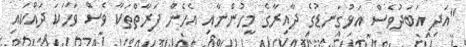
"އަދި އަބަދުވެސް އަޅުގަނޑުގެ ދާއިރާގެ މީހުންނާއި އެހެން ފަރާތްތަކާ ވެސް ވާހަކަ ދައްކައި